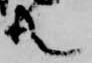
共